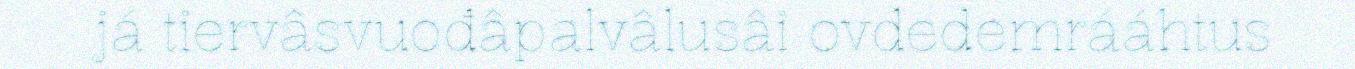
já tiervâsvuođâpalvâlusâi ovdedemrááhtus